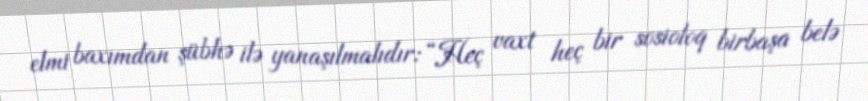
elmi baxımdan şübhə ilə yanaşılmalıdır: “Heç vaxt heç bir sosioloq birbaşa belə